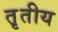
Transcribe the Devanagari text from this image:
त़ृतीय